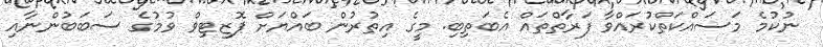
ނުކުމެ މަސައްކަތްކުރައްވާ ފަރާތްތައް އެބަތިބި. މީގެ އިތުރުން ބައްޔަށް ޕޮޒިޓިވް ވުމުގެ ސަބަބުންނާއި